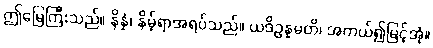
ဤမြေကြီးသည်။ နိန္နံ၊ နိမ့်ရာအရပ်သည်။ ယဒိဥန္နမတိ၊ အကယ်၍မြင့်အံ့။